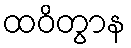
ထဝိတွာန